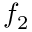
f _ { 2 }